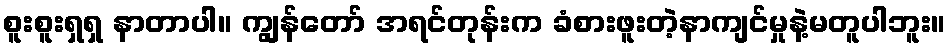
စူးစူးရှရှ နာတာပါ။ ကျွန်တော် အရင်တုန်းက ခံစားဖူးတဲ့နာကျင်မှုနဲ့မတူပါဘူး။